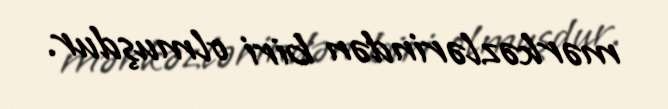
mərkəzlərindən biri olmuşdur.